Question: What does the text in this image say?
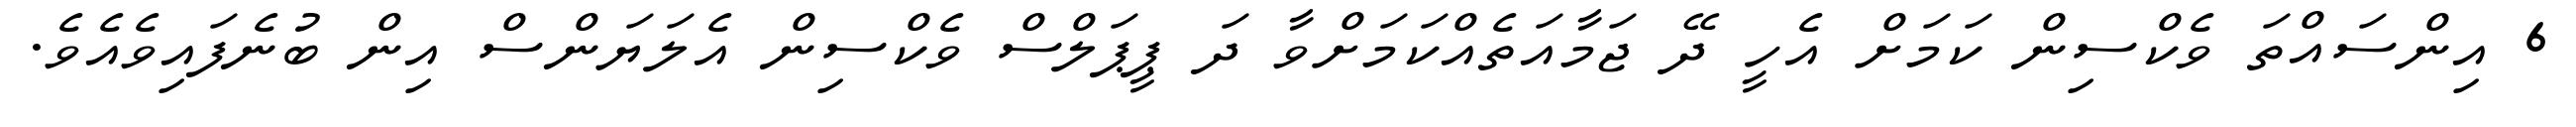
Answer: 6 އިންސައްތަ ވެކްސިން ކަމަށް އެހީ ދޭ ޖަމާއަތެއްކަމަށްވާ ދަ ޕީޕަލްސް ވެކްސިން އެލަޔަންސް އިން ބުނެފައިވެއެވެ.